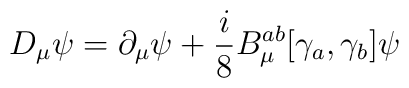
D_{\mu}\psi = \partial_{\mu}\psi + \frac{i}{8} B^{ab}_{\mu}[\gamma_a,\gamma_b] \psi